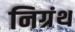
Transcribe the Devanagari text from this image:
निग्रंथ